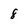
Character: 8